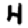
Digit: 4